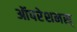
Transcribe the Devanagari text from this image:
ऑपरेशनस्